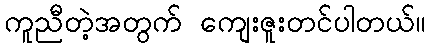
ကူညီတဲ့အတွက် ကျေးဇူးတင်ပါတယ်။